Leprosy in India: report of the Leprosy Commission in India, 1890-91
Year: 1890
Disease focus: Leprosy
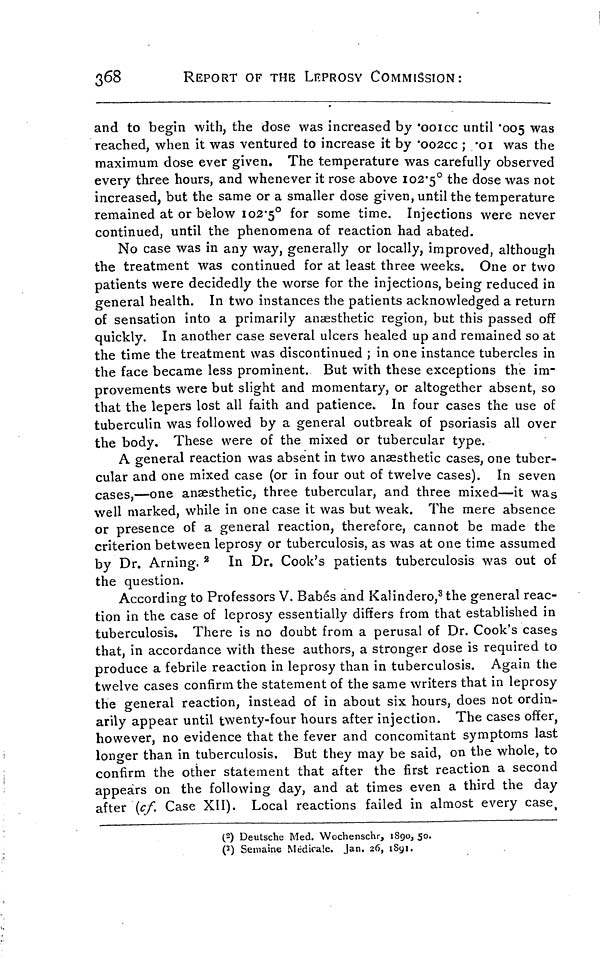
368
REPORT OF THE LEPROSY COMMISSION:
and to begin with, the dose was increased by 'ooicc until '005 was
reached, when it was ventured to increase it by '002cc ; '01 was the
maximum dose ever given. The temperature was carefully observed
every three hours, and whenever it rose above 102.5° the dose was not
increased, but the same or a smaller dose given, until the temperature
remained at or below 102.5° for some time. Injections were never
continued, until the phenomena of reaction had abated.
No case was in any way, generally or locally, improved, although
the treatment was continued for at least three weeks. One or two
patients were decidedly the worse for the injections, being reduced in
general health. In two instances the patients acknowledged a return
of sensation into a primarily anaesthetic region, but this passed off
quickly. In another case several ulcers healed up and remained so at
the time the treatment was discontinued ; in one instance tubercles in
the face became less prominent. But with these exceptions the im-
provements were but slight and momentary, or altogether absent, so
that the lepers lost all faith and patience. In four cases the use of
tuberculin was followed by a general outbreak of psoriasis all over
the body. These were of the mixed or tubercular type.
A general reaction was absent in two anaesthetic cases, one tuber-
cular and one mixed case (or in four out of twelve cases). In seven
cases,—one anaesthetic, three tubercular, and three mixed—it was
well marked, while in one case it was but weak. The mere absence
or presence of a general reaction, therefore, cannot be made the
criterion between leprosy or tuberculosis, as was at one time assumed
by Dr. Arning. 2 In Dr. Cook's patients tuberculosis was out of
the question.
According to Professors V. Babes and Kalindero, 3 the general reac-
tion in the case of leprosy essentially differs from that established in
tuberculosis. There is no doubt from a perusal of Dr. Cook's cases
that, in accordance with these authors, a stronger dose is required to
produce a febrile reaction in leprosy than in tuberculosis. Again the
twelve cases confirm the statement of the same writers that in leprosy
the general reaction, instead of in about six hours, does not ordin-
arily appear until twenty-four hours after injection. The cases offer,
however, no evidence that the fever and concomitant symptoms last
longer than in tuberculosis. But they may be said, on the whole, to
confirm the other statement that after the first reaction a second
appears on the following day, and at times even a third the day
after (cf. Case XII). Local reactions failed in almost every case,
(2) Deutsche Med. Wochenschr, 1890, 50.
(3) Semaine Médicale. Jan. 26, 1891.